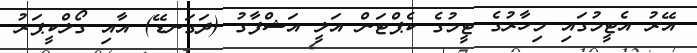
އޭރު އެޓީމުގައި މިހާރުގެ ޓީމުގެ ކެޕްޓަން އަލީ އަޝްފާގު (ދަގަނޑޭ) އާއި ގޯލްކީޕަރު